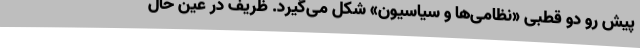
پیش رو دو قطبی «‌نظامی‌ها و سیاسیون» شکل می‌گیرد. ظریف در عین حال